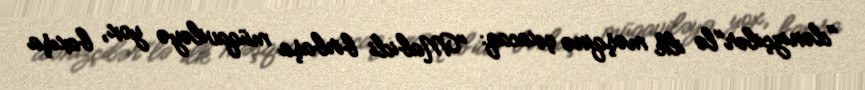
"dənizçilər"lə ilk məşqinə çıxacaq: "Mabidi birbaşa müqaviləyə yox, baxışa